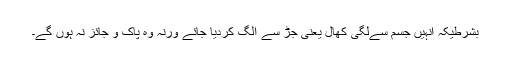
بشرطیکہ اُنہیں جسم سےلگی کھال یعنی جڑ سے الگ کردیا جائے ورنہ وہ پاک و جائز نہ ہوں گے۔